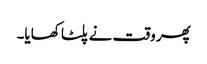
پھر وقت نے پلٹا کھایا۔